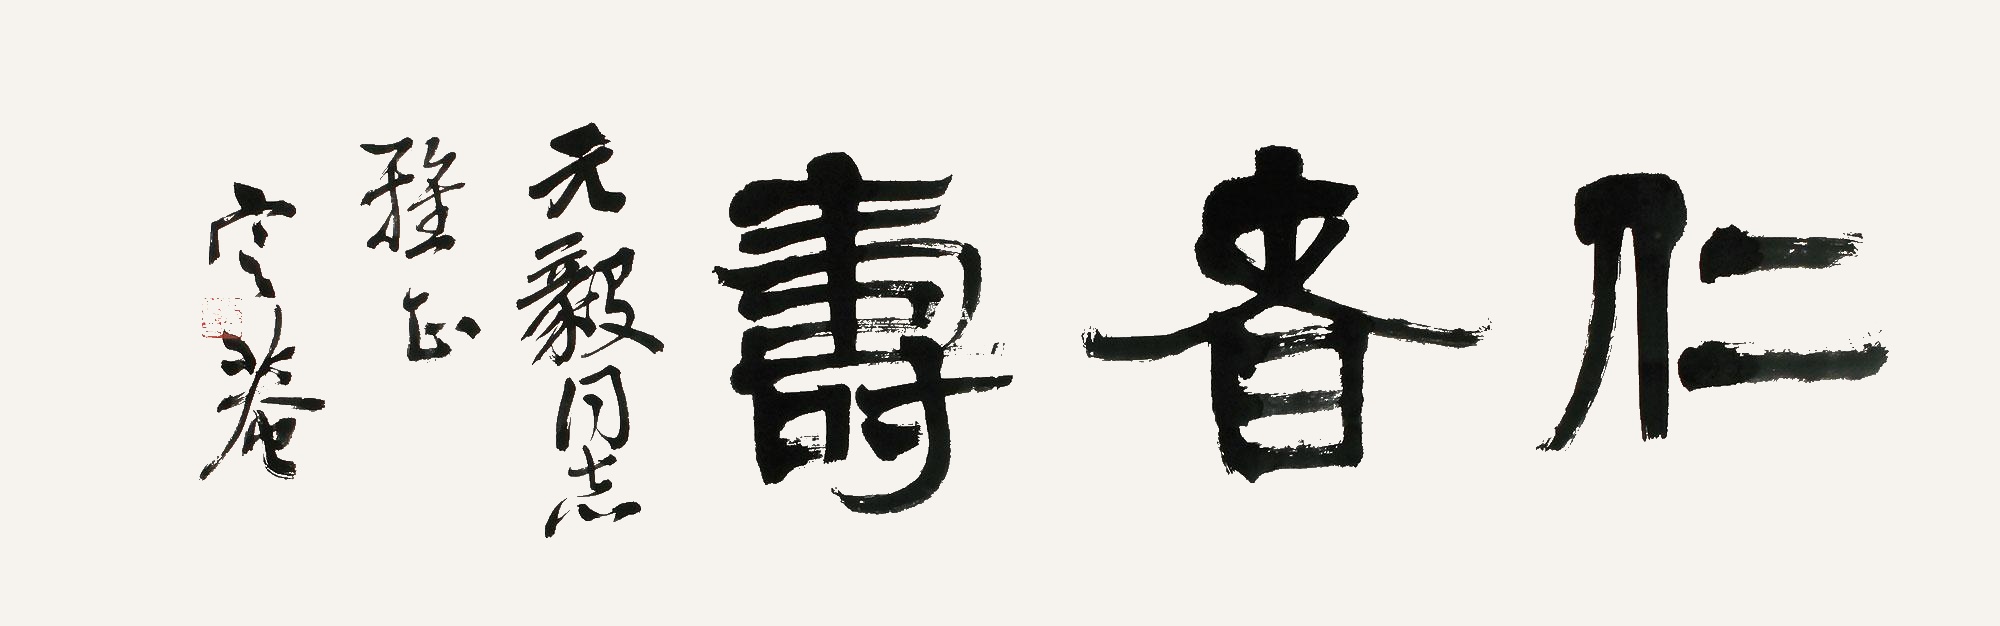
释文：仁者寿。元毅同志雅正，定庵。